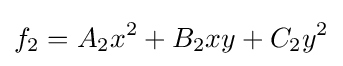
f_{2}=A_{2}x^{2}+B_{2}xy+C_{2}y^{2}